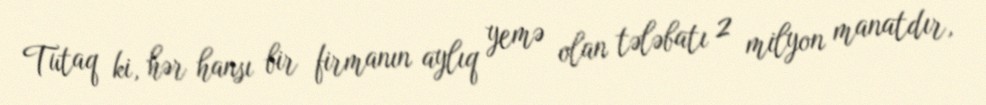
Tutaq ki, hər hansı bir firmanın aylıq yemə olan tələbatı 2 milyon manatdır,